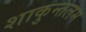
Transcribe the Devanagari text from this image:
शाकुन्तलम